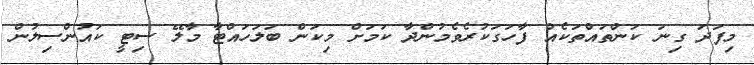
މިފަދަ ގިނަ ކަންތައްތަކެއް ފާހަގަކުރެވެމުންދާ ކަމަށް މިކަން ބަލަހައްޓާ މާލޭ ސިޓީ ކައުންސިލުން